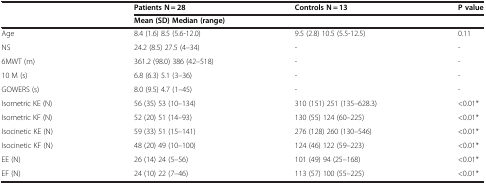
<table><thead><tr><td><b> </b></td><td><b>Patients N = 28</b></td><td><b>Controls N = 13</b></td><td><b>P value</b></td></tr><tr><td><b> </b></td><td colspan="2"><b>Mean (SD) Median (range)</b></td><td><b> </b></td></tr></thead><tbody><tr><td>Age</td><td>8.4 (1.6) 8.5 (5.6-12.0)</td><td>9.5 (2.8) 10.5 (5.5-12.5)</td><td>0.11</td></tr><tr><td>NS</td><td>24.2 (8.5) 27.5 (4–34)</td><td>-</td><td>-</td></tr><tr><td>6MWT (m)</td><td>361.2 (98.0) 386 (42–518)</td><td>-</td><td>-</td></tr><tr><td>10 M (s)</td><td>6.8 (6.3) 5.1 (3–36)</td><td>-</td><td>-</td></tr><tr><td>GOWERS (s)</td><td>8.0 (9.5) 4.7 (1–45)</td><td>-</td><td>-</td></tr><tr><td>Isometric KE (N)</td><td>56 (35) 53 (10–134)</td><td>310 (151) 251 (135–628.3)</td><td>&lt;0.01*</td></tr><tr><td>Isometric KF (N)</td><td>52 (20) 51 (14–93)</td><td>130 (55) 124 (60–225)</td><td>&lt;0.01*</td></tr><tr><td>Isocinetic KE (N)</td><td>59 (33) 51 (15–141)</td><td>276 (128) 260 (130–546)</td><td>&lt;0.01*</td></tr><tr><td>Isocinetic KF (N)</td><td>48 (20) 49 (10–100)</td><td>124 (46) 122 (59–223)</td><td>&lt;0.01*</td></tr><tr><td>EE (N)</td><td>26 (14) 24 (5–56)</td><td>101 (49) 94 (25–168)</td><td>&lt;0.01*</td></tr><tr><td>EF (N)</td><td>24 (10) 22 (7–46)</td><td>113 (57) 100 (55–225)</td><td>&lt;0.01*</td></tr></tbody></table>